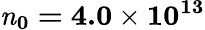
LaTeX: \mathbf{\mathit{n}_{0}=4.0\times 10^{13}}